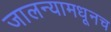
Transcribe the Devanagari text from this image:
जालन्यामधूनच